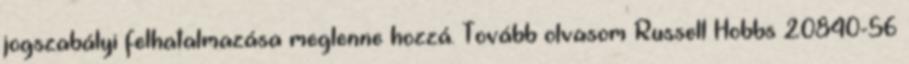
jogszabályi felhatalmazása meglenne hozzá. Tovább olvasom Russell Hobbs 20840-56